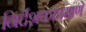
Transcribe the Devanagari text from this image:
निर्देशकांप्रमाणे